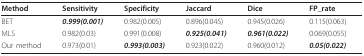
<table><thead><tr><td><b>Method</b></td><td><b>Sensitivity</b></td><td><b>Specificity</b></td><td><b>Jaccard</b></td><td><b>Dice</b></td><td><b>FP_rate</b></td></tr></thead><tbody><tr><td>BET</td><td><b><i>0.999(0.001)</i></b></td><td>0.982(0.005)</td><td>0.896(0.045)</td><td>0.945(0.026)</td><td>0.115(0.063)</td></tr><tr><td>MLS</td><td>0.982(0.03)</td><td>0.991(0.008)</td><td><b><i>0.925(0.041)</i></b></td><td><b><i>0.961(0.022)</i></b></td><td>0.069(0.055)</td></tr><tr><td>Our method</td><td>0.973(0.01)</td><td><b><i>0.993(0.003)</i></b></td><td>0.923(0.022)</td><td>0.960(0.012)</td><td><b><i>0.05(0.022) </i></b></td></tr></tbody></table>